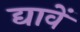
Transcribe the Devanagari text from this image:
द्यावें